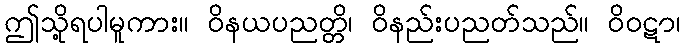
ဤသို့ရပါမူကား။ ဝိနယပညတ္တိ၊ ဝိနည်းပညတ်သည်။ ဝိဝဋာ၊